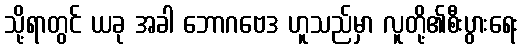
သို့ရာတွင် ယခု အခါ ဘောဂဗေဒ ဟူသည်မှာ လူတို့၏စီးပွားရေး